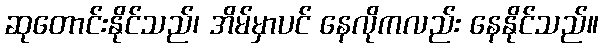
ဆုတောင်းနိုင်သည်၊ အိမ်မှာပင် နေလိုကလည်း နေနိုင်သည်။